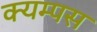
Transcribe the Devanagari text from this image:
क्यम्पस